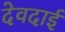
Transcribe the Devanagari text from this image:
देवदाई